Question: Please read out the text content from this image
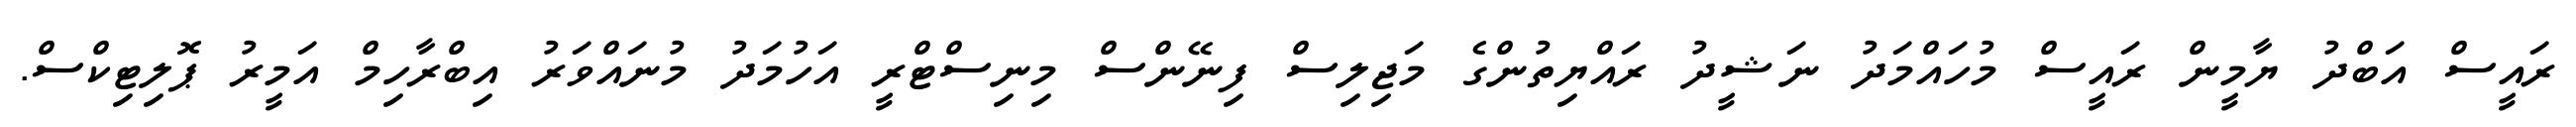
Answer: ރައީސް އަބްދު ޔާމީން ރައީސް މުހައްމަދު ނަޝީދު ރައްޔިތުންގެ މަޖިލިސް ފިނޭންސް މިނިސްޓްރީ އަހުމަދު މުނައްވަރު އިބްރާހިމް އަމީރު ޕޮލިޓިކްސް.